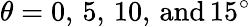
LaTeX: \theta=0,\, 5,\, 10,\, \textrm{and}\, 15^{\circ}